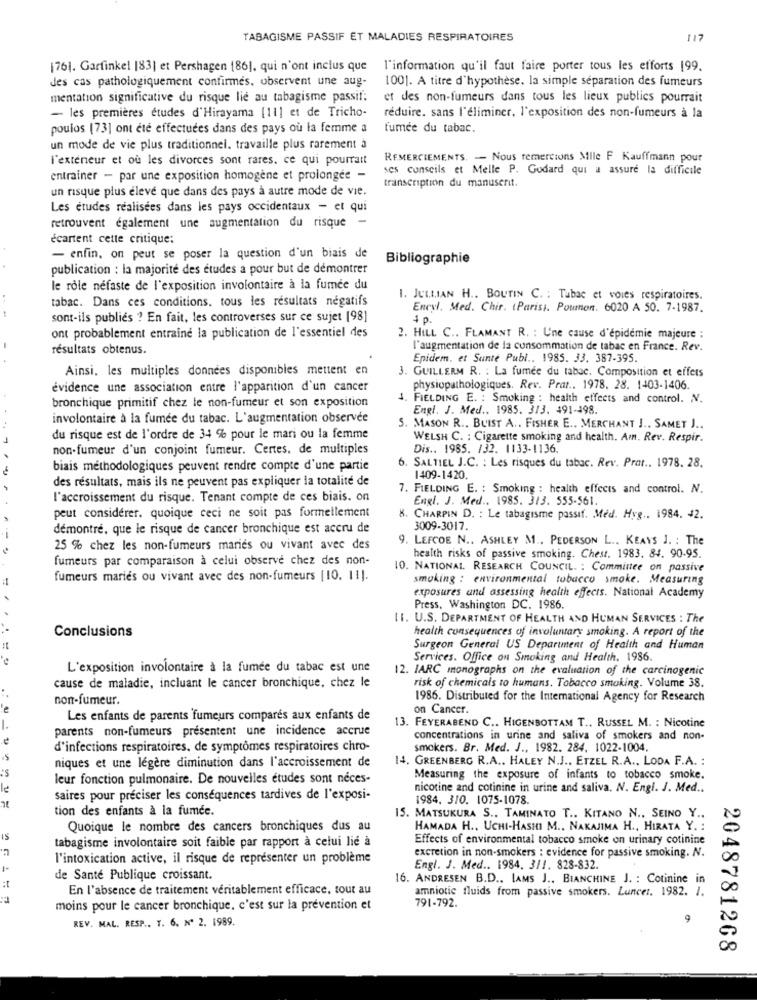
TABAGISME PASSIF ET MALADIES RESPIRATOIRES
117
[76]. Garfinkel |83] et Pershagen 186), qui n'ont inclus que
l'information qu'il faut faire porter tous les efforts 199.
des cas pathologiquement confirmes, observent une aug-
1001. A titre d'hypothèse. la simple séparation des fumeurs
mentation significative du risque lie au tabagisme passif:
et des non-fumeurs dans tous les lieux publics pourrait
- les premières études d'Hirayama [11] et de Tricho-
réduire. sans l'éliminer, l'exposition des non-fumeurs à la
poulos [73] ont été effectuées dans des pays où la femme a
fumée du tabac.
un mode de vie plus traditionnel. travaille plus rarement à
l'exteneur et où les divorces sont rares. ce qui pourrait
REMERCIEMENTS. - Nous remercions Mille F Kauffmann pour
ses conseils et Melle P. Godard qui a assure la difficile
entrainer - par une exposition homogène et prolongée -
un risque plus élevé que dans des pays à autre mode de vie.
transcription du manuserit.
Les études réalisées dans les pays occidentaux - et qui
retrouvent également une augmentation du risque
écartent cette critique:
- enfin, on peut se poser la question d'un biais de
Bibliographie
publication : la majorité des études a pour but de démontrer
le rôle néfaste de l'exposition involontaire à la fumée du
tabac. Dans ces conditions. tous les résultats négatifs
1. JULLIAN H .. BOUTIN C. : Tubac et voies respiratoires.
Encyl. Med. Chir. (Paris). Poumon. 6020 A 50. 7-1987.
sont-ils publiés ? En fait, les controverses sur ce sujet [98]
4 p.
ont probablement entraine la publication de l'essentiel des
2. HILL C .. FLAMANT R. : Une cause d'épidémie majeure :
résultats obtenus.
l'augmentation de la consommation de tabac en France. Rev.
Epidem. et Sante Publ .. 1985. 33. 387-395.
Ainsi. les multiples données disponibles mettent en
3. GUILLERM R. : La fumée du tabac. Composition et effets
évidence une association entre l'apparition d'un cancer
physiopathologiques. Rev. Prat .. 1978. 28. 1403-1406.
-
. FIELDING E. : Smoking : health effects and control. V.
bronchique primitif chez le non-fumeur et son exposition
Engl. J. Med .. 1985. 3/3. 491-498.
involontaire à la fumée du tabac. L'augmentation observée
S. MASON R ., BUIST A .. FISHER E .. MERCHANT J .. SAMET J.
du risque est de l'ordre de 34 % pour le mari ou la femme
WELSH C. : Cigarette smoking and health. Am. Rev. Respir.
non-fumeur d'un conjoint fumeur. Certes. de multiples
Dis .. 1985. /32. 1133-1136.
6. SALTIEL J.C. : Les risques du tabac. Rev. Prat .. 1978. 28.
biais méthodologiques peuvent rendre compte d'une partie
des résultats, mais ils ne peuvent pas expliquer la totalité de
1409-1420.
7. FIELDING E. : Smoking : health effects and control. N.
l'accroissement du risque. Tenant compte de ces biais. on
Engl. J. Med .. 1985. 313. 555-561.
peut considérer. quoique ceci ne soit pas formellement
8. CHARPIN D. : Le tabagisme passif. Med. Hyg .. 1984. 42.
démontré, que le risque de cancer bronchique est accru de
3009-3017.
9. LEFCOE N .. ASHLEY M .. PEDERSON L ., KEAYS J. : The
25 % chez les non-fumeurs mariés ou vivant avec des
fumeurs par comparaison à celui observe chez des non-
health risks of passive smoking. Chest. 1983. 84. 90.95.
10. NATIONAL RESEARCH COUNCIL. : Committee on passive
fumeurs mariés ou vivant avec des non-fumeurs [10. 11).
smoking : environmental tobacco smoke. Measuring
exposures and assessing health effects. National Academy
Press, Washington DC. 1986.
11. U.S. DEPARTMENT OF HEALTH AND HUMAN SERVICES : The
health consequences of involuntary smoking. A report of the
Conclusions
Surgeon General US Department of Health and Human
Services. Office on Smoking and Health. 1986.
L'exposition involontaire à la fumée du tabac est une
12. IARC monographs on the evaluation of the carcinogenic
cause de maladie, incluant le cancer bronchique, chez le
risk of chemicals to humans. Tobacco smoking. Volume 38.
non-fumeur.
1986. Distributed for the International Agency for Research
on Cancer.
Les enfants de parents fumeurs compares aux enfants de
parents non-fumeurs présentent une incidence accrue
13. FEYERABEND C .. HIGENBOTTAM T ., RUSSEL M. : Nicotine
concentrations in urine and saliva of smokers and non-
d'infections respiratoires. de symptômes respiratoires chro-
smokers. Br. Med. J ., 1982. 284, 1022-1004.
niques et une légère diminution dans l'accroissement de
14. GREENBERG R.A .. HALEY N.J .. ETZEL R.A ., LODA F.A. :
'S
leur fonction pulmonaire. De nouvelles etudes sont néces-
Measuring the exposure of infants to tobacco smoke.
nicotine and cotinine in urine and saliva. N. Engl. J. Med ..
saires pour préciser les conséquences tardives de l'exposi-
1984. 310. 1075-1078.
tion des enfants à la fumée.
15. MATSUKURA S .. TAMINATO T .. KITANO N ., SEINO Y ..
Quoique le nombre des cancers bronchiques dus au
HAMADA H ., UCHI-HASHI M ., NAKAJIMA H ., HIRATA Y. :
tabagisme involontaire soit faible par rapport à celui lié à
Effects of environmental tobacco smoke on urinary cotinine
excretion in non-smokers : evidence for passive smoking. N.
l'intoxication active, il risque de représenter un problème
Engl. J. Med .. 1984. 3/1. 828-832.
it
de Santé Publique croissant.
16. ANDRESEN B.D ., LAMS J ., BIANCHINE J. : Cotinine in
En l'absence de traitement véritablement efficace, tout au
amniotic fluids from passive smokers. Luncer. 1982. I.
moins pour le cancer bronchique, c'est sur la prévention et
791-792.
REV. MAL. RESP .. T. 6. Nº 2. 1989.
9
2048781268